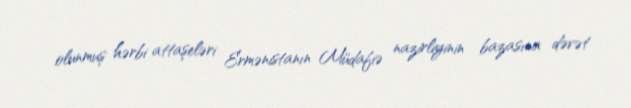
olunmuş hərbi attaşeləri Ermənistanın Müdafiə nazirliyinin bazasına dəvət